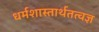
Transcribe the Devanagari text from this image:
धर्मशास्तार्थतत्वज्ञ